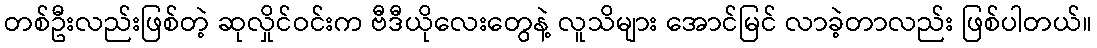
တစ်ဦးလည်းဖြစ်တဲ့ ဆုလှိုင်ဝင်းက ဗီဒီယိုလေးတွေနဲ့ လူသိများ အောင်မြင် လာခဲ့တာလည်း ဖြစ်ပါတယ်။